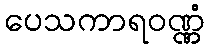
ပေသကာရဝဏ္ဏံ